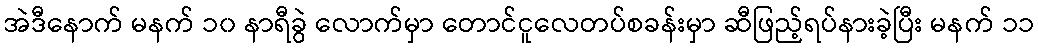
အဲဒီနောက် မနက် ၁၀ နာရီခွဲ လောက်မှာ တောင်ငူလေတပ်စခန်းမှာ ဆီဖြည့်ရပ်နားခဲ့ပြီး မနက် ၁၁